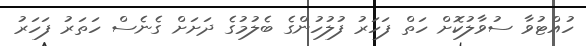
ހުއްޓުވާ ސުވާލުކޮށް ހަތް ފަހަރު ފުލުހުންގެ ބެލުމުގެ ދަށަށް ގެނެސް ހަތަރު ފަހަރު